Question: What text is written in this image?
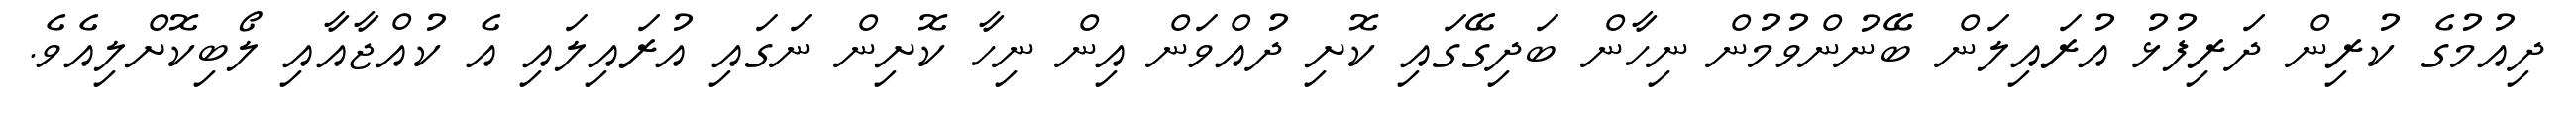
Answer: ދިއުމުގެ ކުރިން ދަރިފުޅު އުރައިލަން ބޭނުންވުމުން ނިހާން ބަދިގޭގައި ކޮށި ދުއްވަން އިން ނިހާ ކޮށިން ނަގައި އުރައިލައި އެ ކުއްޖާއާއި ލޯބިކޮށްލިއެވެ.